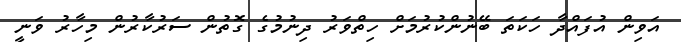
އަވިން އުފައްދާ ހަކަތަ ބޭނުންކުރުމަށް ހިތްވަރު ދިނުމުގެ ގޮތުން ސަރުކާރުން މިހާރު ވަނީ